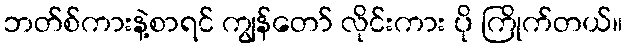
ဘတ်စ်ကားနဲ့စာရင် ကျွန်တော် လိုင်းကား ပို ကြိုက်တယ်။